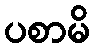
ပစာမိ